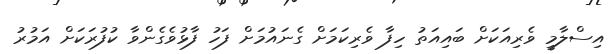
އިސްލާމީ ވެރިއަކަށް ބައިއަތު ހިފާ ވެރިކަމަށް ގެނައުމަށް ފަހު ފާޅުވެގެންވާ ކުފުރަކަށް އަމުރު